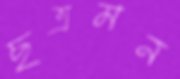
ছত্রমন